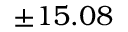
\pm 1 5 . 0 8 \